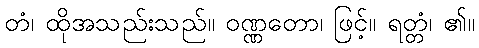
တံ၊ ထိုအသည်းသည်။ ဝဏ္ဏတော၊ ဖြင့်။ ရတ္တံ၊ ၏။